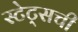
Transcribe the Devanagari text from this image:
स्टेट्‌सची